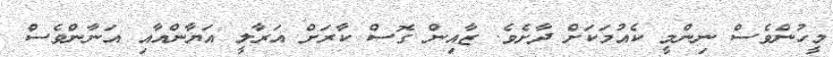
މީހުންވެސް ނިންމީ ކެއުމަކަށް ދާށެވެ. ޒާއިން ގޮސް ކާރަށް އަރާލީ އަޔާންއާއި އަނާންވެސް